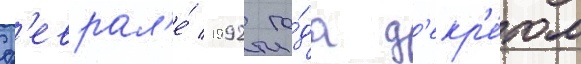
ф'еврал'е́ 1992 го́да д'екр'е́том